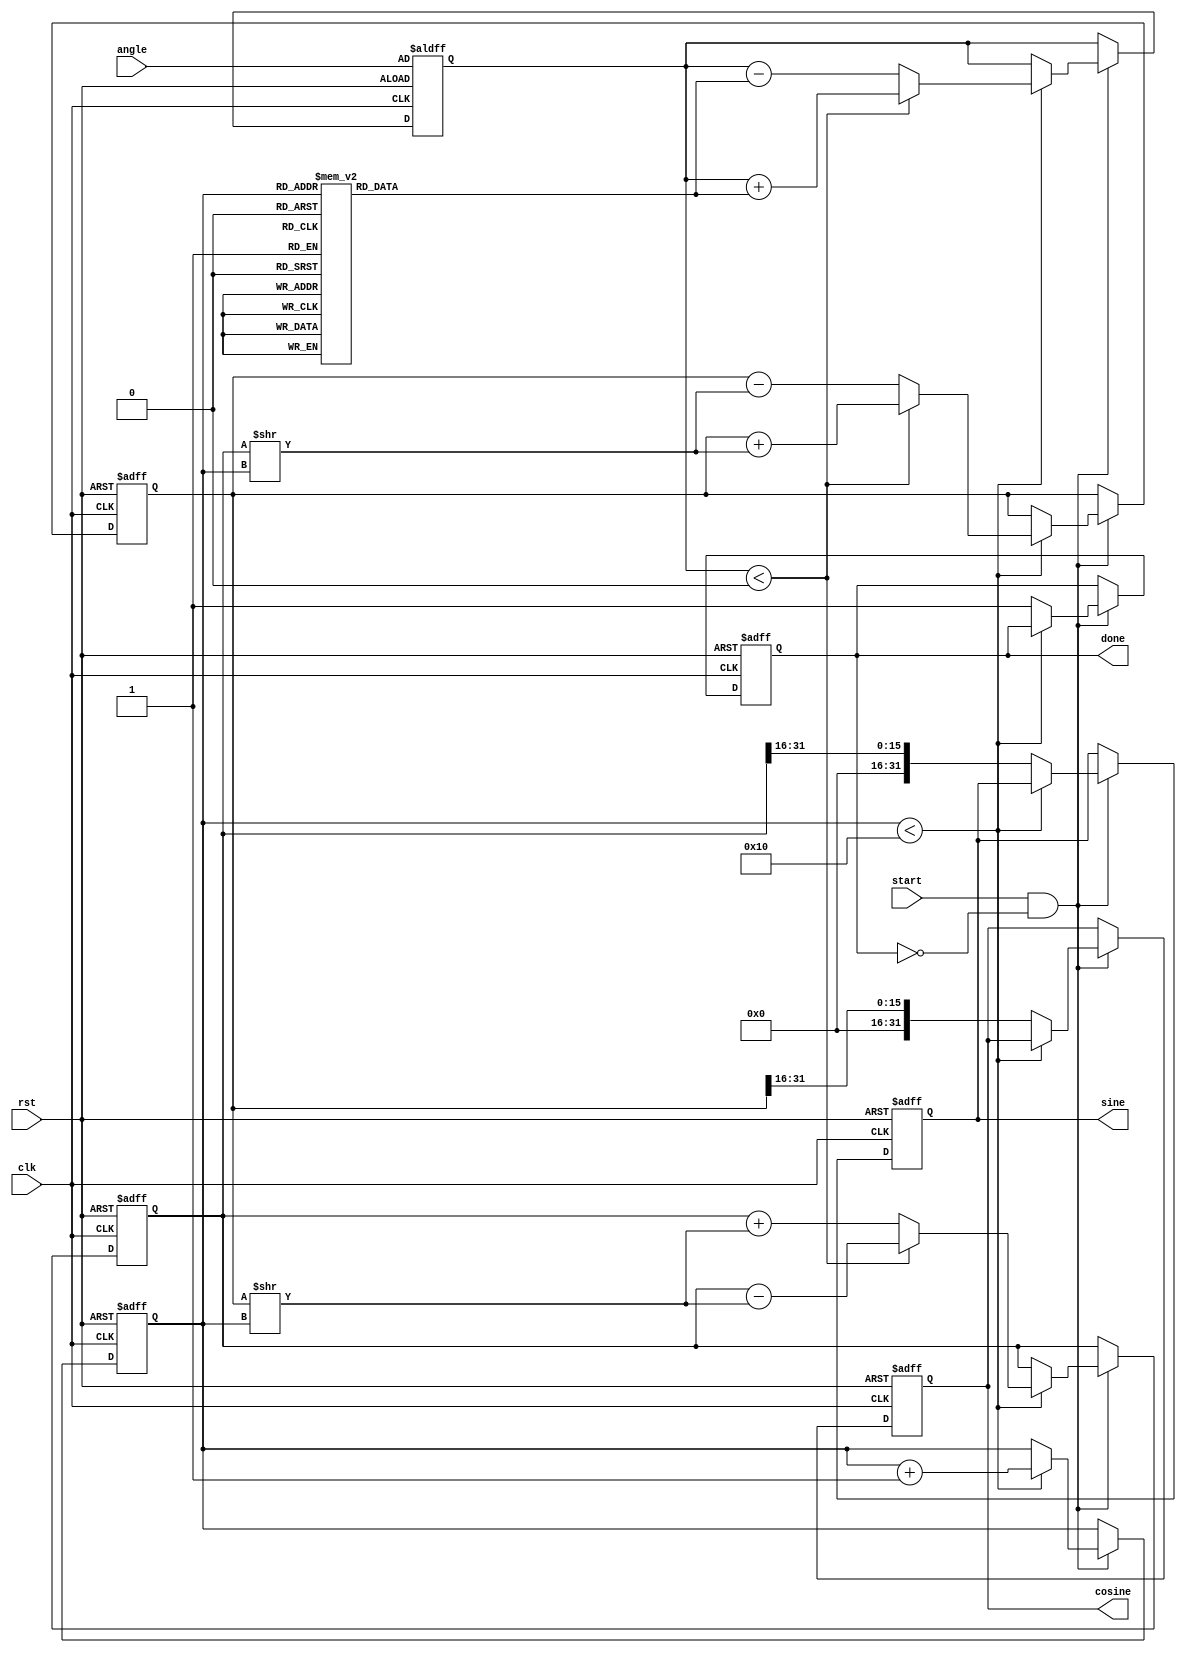
module cordic (
    input wire clk,
    input wire rst,
    input wire start,
    input wire [31:0] angle,        // Input angle in degrees (fixed-point representation)
    output reg [31:0] cosine,       // Output cosine value
    output reg [31:0] sine,         // Output sine value
    output reg done
);

    parameter NUM_ITERATIONS = 16;  // Number of iterations for CORDIC
    parameter FIXED_POINT_SCALE = 16; // Fixed point scale

    // Look-up table for arctangent values (fixed-point representation)
    reg [31:0] atan_table [0:NUM_ITERATIONS-1];

    initial begin
        // Pre-computed arctangent values (in fixed point)
        atan_table[0] = 32'h3243F6A8; // atan(1) = 45 degrees
        atan_table[1] = 32'h1DAC6F03; // atan(0.5) = 26.565 degrees
        atan_table[2] = 32'h0FBF2E41; // atan(0.25) = 14.036 degrees
        atan_table[3] = 32'h09B1C8C9; // atan(0.125) = 7.125 degrees
        // Add more values as needed...
    end

    reg [31:0] x, y, z;                // Coordinates and angle accumulator
    reg [3:0] iter;                     // Iteration counter
    reg clockwise;                      // Direction of rotation

    // State machine to handle CORDIC process
    always @(posedge clk or posedge rst) begin
        if (rst) begin
            done <= 0;
            iter <= 0;
            x <= 32'h00010000; // Initial x = 1.0 (in fixed-point)
            y <= 32'h00000000; // Initial y = 0.0
            z <= angle;       // Set initial angle
            cosine <= 0;
            sine <= 0;
        end else if (start && !done) begin
            // CORDIC iterations
            if (iter < NUM_ITERATIONS) begin
                if (z < 0) begin
                    // Rotate clockwise
                    clockwise <= 1;
                    z <= z + atan_table[iter];
                    x <= x + (y >> iter);
                    y <= y - (x >> iter);
                end else begin
                    // Rotate counter-clockwise
                    clockwise <= 0;
                    z <= z - atan_table[iter];
                    x <= x - (y >> iter);
                    y <= y + (x >> iter);
                end
                iter <= iter + 1;
            end else begin
                // Store final results
                cosine <= x >>> FIXED_POINT_SCALE; // adjust for fixed-point scaling
                sine <= y >>> FIXED_POINT_SCALE;
                done <= 1; // Indicate completion
            end
        end
    end

endmodule